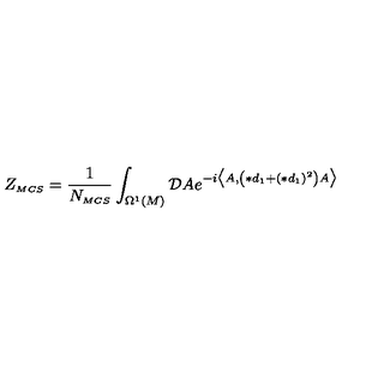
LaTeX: Z _ { \scriptscriptstyle M C S } = \frac { 1 } { N _ { \scriptscriptstyle M C S } } \int _ { \Omega ^ { \scriptscriptstyle 1 } ( M ) } \mathcal { D } A e ^ { - i \bigl \langle A , \left( \ast d _ { \scriptscriptstyle 1 } + ( \ast d _ { \scriptscriptstyle 1 } ) ^ { \scriptscriptstyle 2 } \right) A \bigr \rangle }